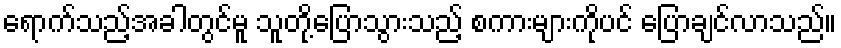
ရောက်သည့်အခါတွင်မူ သူတို့ပြောသွားသည့် စကားများကိုပင် ပြောချင်လာသည်။